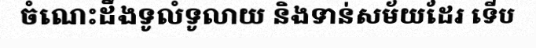
ចំណេះដឹងទូលំទូលាយ និងទាន់សម័យដែរ ទើប